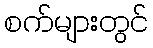
စက်များတွင်